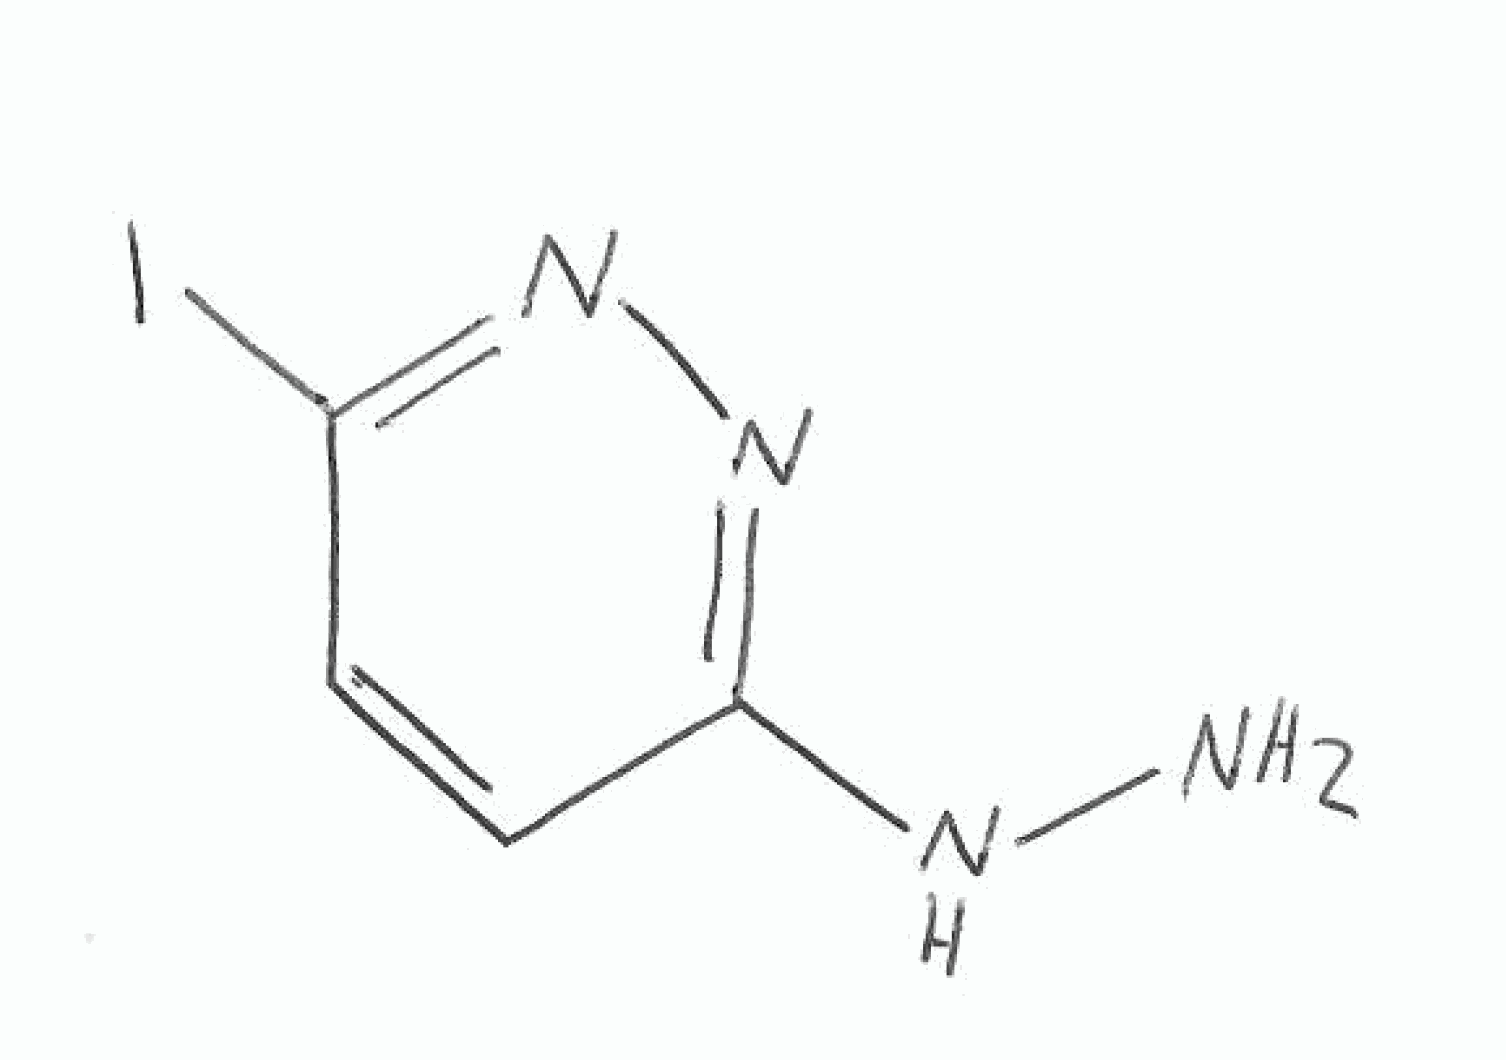
Simplified molecular-input line-entry system (SMILES) notation of the given molecule:
C1=CC(=NN=C1NN)I